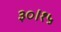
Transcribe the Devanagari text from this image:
३०।१५